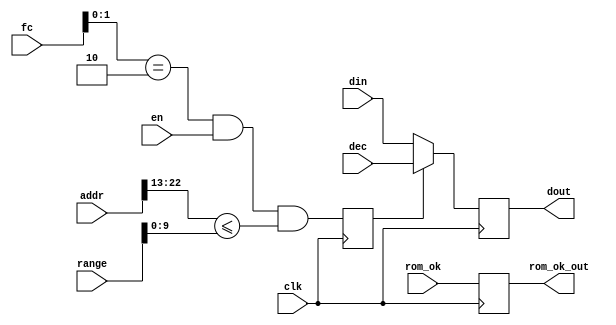
// This program was cloned from: https://github.com/jotego/jtcores
// License: GNU General Public License v3.0

/*  This file is part of JTCORES1.
    JTCORES1 program is free software: you can redistribute it and/or modify
    it under the terms of the GNU General Public License as published by
    the Free Software Foundation, either version 3 of the License, or
    (at your option) any later version.

    JTCORES1 program is distributed in the hope that it will be useful,
    but WITHOUT ANY WARRANTY; without even the implied warranty of
    MERCHANTABILITY or FITNESS FOR A PARTICULAR PURPOSE.  See the
    GNU General Public License for more details.

    You should have received a copy of the GNU General Public License
    along with JTCORES1.  If not, see <http://www.gnu.org/licenses/>.

    Author: Jose Tejada Gomez. Twitter: @topapate
    Version: 1.0
    Date: 18-1-2021 */

module jtcps2_dec_ctrl(
    input             clk,
    input             rom_ok,
    output            rom_ok_out,

    input      [15:0] range,
    input      [23:1] addr,
    input      [ 2:0] fc,
    input             en,

    input      [15:0] din,
    input      [15:0] dec,
    output reg [15:0] dout
);

reg en_latch;
reg [1:0] ok_sh;

assign rom_ok_out = ok_sh[0];

wire op_fetch = fc[1:0]==2'b10;

always @(posedge clk) begin
    en_latch <= op_fetch && en && (addr[14+:10] <= range[9:0]);
    ok_sh    <= { ok_sh[0], rom_ok };
    dout     <= en_latch ? dec : din;
end

endmodule